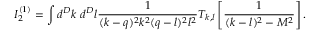
I _ { 2 } ^ { ( 1 ) } = \int d ^ { D } k ~ d ^ { D } l \frac { 1 } { ( k - q ) ^ { 2 } k ^ { 2 } ( q - l ) ^ { 2 } l ^ { 2 } } T _ { k , l } \left[ \frac { 1 } { ( k - l ) ^ { 2 } - M ^ { 2 } } \right] .